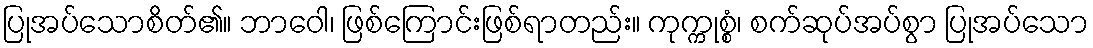
ပြုအပ်သောစိတ်၏။ ဘာဝေါ၊ ဖြစ်ကြောင်းဖြစ်ရာတည်း။ ကုက္ကုစ္စံ၊ စက်ဆုပ်အပ်စွာ ပြုအပ်သော